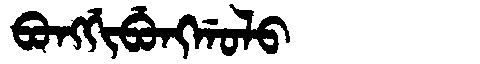
Manchu: ᠪᠣᠩᡤᡳᠪᡠᠩᡤᠣᠯᠣ
Romanization: BONGGIBUNGGOLO